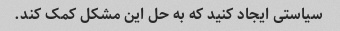
سیاستی ایجاد کنید که به حل این مشکل کمک کند.